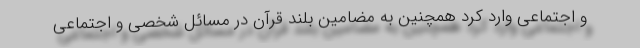
و اجتماعی وارد کرد همچنین به مضامین بلند قرآن در مسائل شخصی و اجتماعی